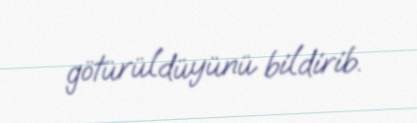
götürüldüyünü bildirib.